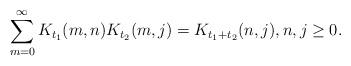
LaTeX: \begin{align*}\sum_{m=0}^{\infty} K_{t_1}(m,n)K_{t_2}(m,j)=K_{t_1+t_2}(n,j),n,j\ge 0.\end{align*}